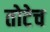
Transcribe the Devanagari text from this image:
तोटेच